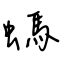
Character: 螞